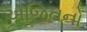
અજિતનો